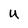
Character: u